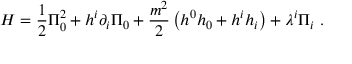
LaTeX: H = \frac { 1 } { 2 } \Pi _ { 0 } ^ { 2 } + h ^ { i } \partial _ { i } \Pi _ { 0 } + \frac { m ^ { 2 } } { 2 } \left( h ^ { 0 } h _ { 0 } + h ^ { i } h _ { i } \right) + \lambda ^ { i } \Pi _ { i } \ .